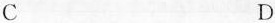
C D